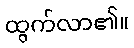
ထွက်လာ၏။